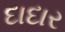
દાદાર